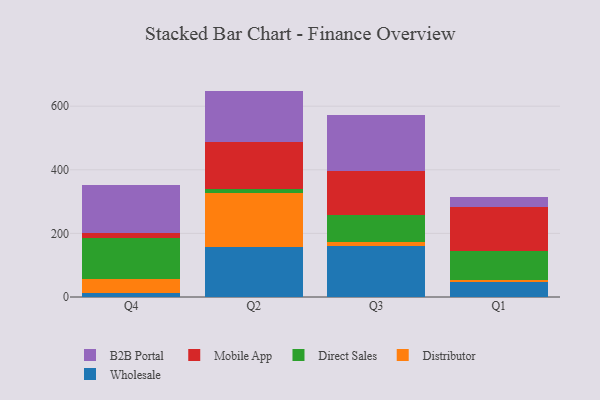
{"axis": {"x": "Quarter", "y": "Waste Production (Tons)"}, "legend": ["B2B Portal", "Direct Sales", "Distributor", "Mobile App", "Wholesale"], "data": [{"x": "Q4", "y": 11.4, "type": "Wholesale"}, {"x": "Q4", "y": 44.1, "type": "Distributor"}, {"x": "Q4", "y": 130.9, "type": "Direct Sales"}, {"x": "Q4", "y": 15.1, "type": "Mobile App"}, {"x": "Q4", "y": 150.1, "type": "B2B Portal"}, {"x": "Q2", "y": 155.8, "type": "Wholesale"}, {"x": "Q2", "y": 172.3, "type": "Distributor"}, {"x": "Q2", "y": 12.1, "type": "Direct Sales"}, {"x": "Q2", "y": 146.4, "type": "Mobile App"}, {"x": "Q2", "y": 161.6, "type": "B2B Portal"}, {"x": "Q3", "y": 160.8, "type": "Wholesale"}, {"x": "Q3", "y": 13.5, "type": "Distributor"}, {"x": "Q3", "y": 83.4, "type": "Direct Sales"}, {"x": "Q3", "y": 139.5, "type": "Mobile App"}, {"x": "Q3", "y": 174.8, "type": "B2B Portal"}, {"x": "Q1", "y": 46.1, "type": "Wholesale"}, {"x": "Q1", "y": 6.4, "type": "Distributor"}, {"x": "Q1", "y": 93.3, "type": "Direct Sales"}, {"x": "Q1", "y": 136.9, "type": "Mobile App"}, {"x": "Q1", "y": 32.6, "type": "B2B Portal"}]}